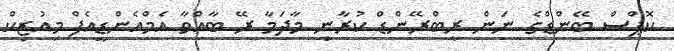
ކޮޕްސް ބޭންޑްގެ ނަން ރީބްރޭންޑް ކުރާނީ މާދަމާ ރޭ ބާއްވާ އެމްއެންޑީއެފް މިއުޒިކް